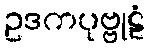
ဥဒကပုဗ္ဗုဠံ